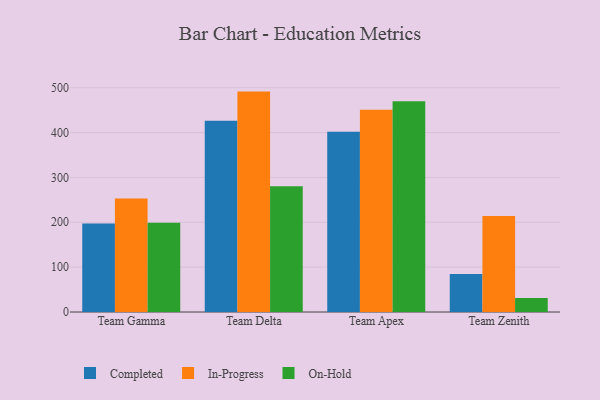
{"axis": {"x": "Team", "y": "Conversion Rate (%)"}, "legend": ["Completed", "In-Progress", "On-Hold"], "data": [{"x": "Team Gamma", "y": 197.1, "type": "Completed"}, {"x": "Team Gamma", "y": 253.1, "type": "In-Progress"}, {"x": "Team Gamma", "y": 199.0, "type": "On-Hold"}, {"x": "Team Delta", "y": 426.2, "type": "Completed"}, {"x": "Team Delta", "y": 491.3, "type": "In-Progress"}, {"x": "Team Delta", "y": 280.5, "type": "On-Hold"}, {"x": "Team Apex", "y": 402.0, "type": "Completed"}, {"x": "Team Apex", "y": 450.8, "type": "In-Progress"}, {"x": "Team Apex", "y": 469.6, "type": "On-Hold"}, {"x": "Team Zenith", "y": 84.6, "type": "Completed"}, {"x": "Team Zenith", "y": 214.1, "type": "In-Progress"}, {"x": "Team Zenith", "y": 31.1, "type": "On-Hold"}]}